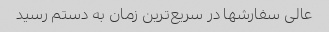
عالی سفارشها در سریع‌ترین زمان به دستم رسید